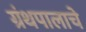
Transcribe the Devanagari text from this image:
ग्रंथपालाचे